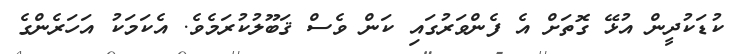
ކުޑަކުދީން އުޅޭ ގޮތަށް އެ ފެންވަރުގައި ކަން ވެސް ޤަބޫލުކުރަމެވެ. އެކަމަކު އަހަރެންގެ